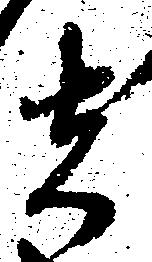
者